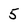
Character: 5